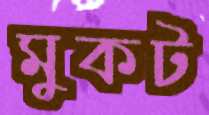
মুকট